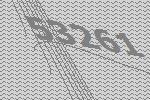
53261